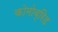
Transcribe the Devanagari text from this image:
कोमोब्रिड